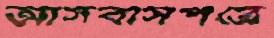
আসবাসপত্রে